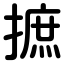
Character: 摭